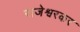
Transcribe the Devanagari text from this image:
राजेश्वरकर